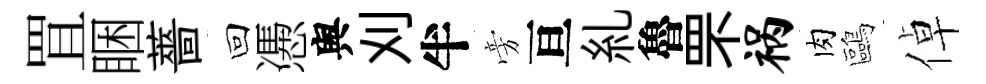
罝睏薔回慿舆刈半旁亘糺魯罘祸肉鷗倬